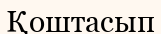
Қоштасып